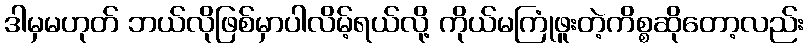
ဒါမှမဟုတ် ဘယ်လိုဖြစ်မှာပါလိမ့်ရယ်လို့ ကိုယ်မကြုံဖူးတဲ့ကိစ္စဆိုတော့လည်း